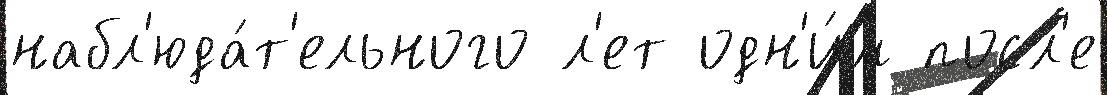
набл'юда́т'ельного л'ет одн'и́м посл'е